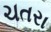
ચતરા